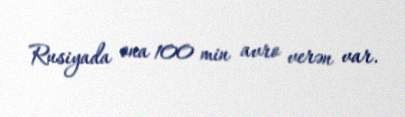
Rusiyada ona 100 min avro verən var.